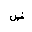
Letter: _dad